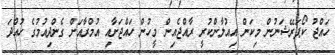
ހައްޖު ކޯޕަރޭޝަނުން މިކަން އިއުލާންކުރީ ރާއްޖެއިން މީހުން ހައްޖަށާއި އުމްރާއަށް ގެންދިއުމުގެ ހުއްދަ